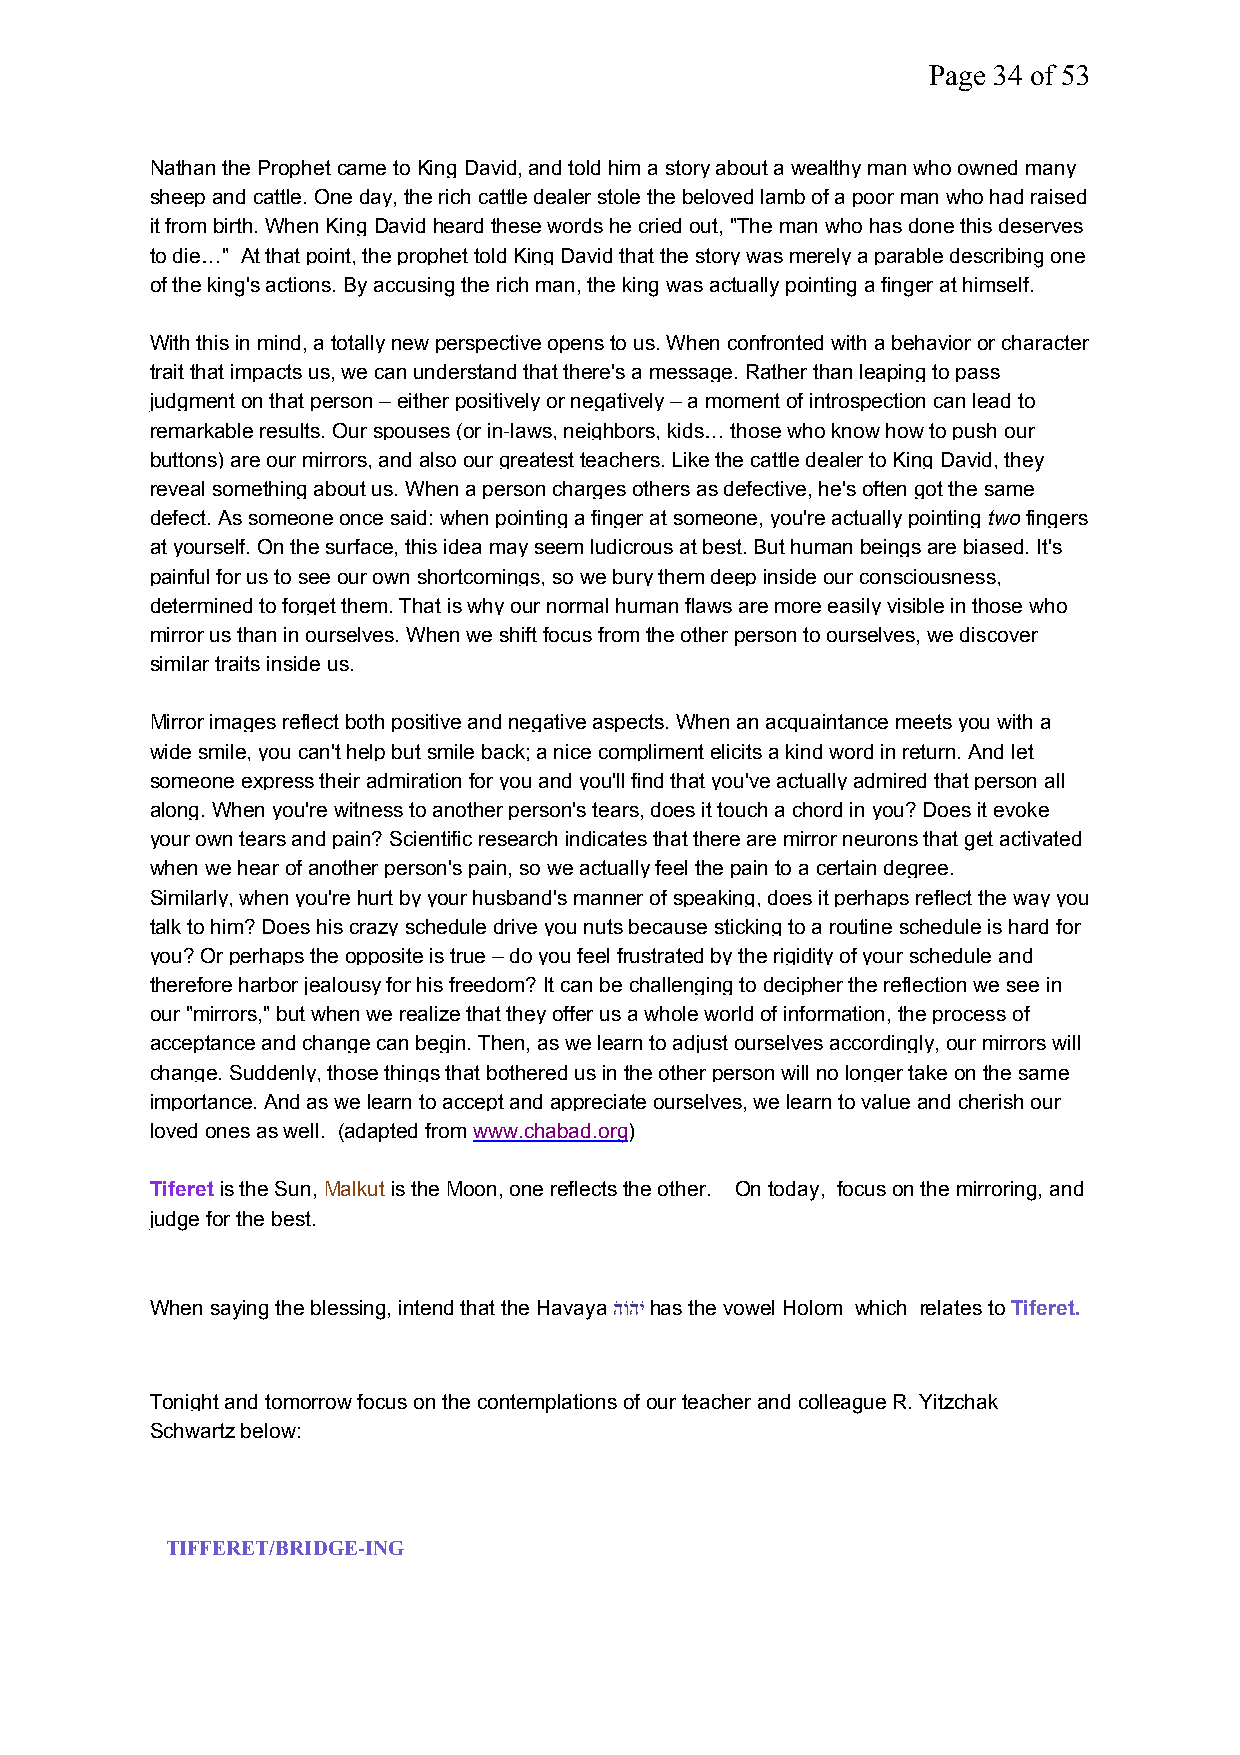
Page 34 of 53
 Nathan the Prophetcame toKing David, and told him a story about a wealthy man who owned many
 sheep and cattle. One day, the rich cattle dealer stole the beloved lamb of a poor man who had raised
 it from birth. When KingDavidheard these words he cried out, "The man who has done this deserves
 to die…" At that point, the prophet told King David that the story was merely a parable describing one
 of the king's actions. By accusing the rich man, the king was actually pointing a finger at himself.
 With this in mind, a totally new perspective opens to us. When confronted with a behavior or character
 trait that impacts us, we can understand that there's a message. Rather than leaping to pass
 judgment on that person – either positively or negatively – a moment of introspection can lead to
 remarkable results. Our spouses (or in-laws, neighbors, kids… those who know how to push our
 buttons) are our mirrors, and also our greatest teachers. Like the cattle dealer to King David, they
 reveal something about us. When a person charges others as defective, he's often got the same
 defect. As someone once said: when pointing a finger at someone, you're actually pointing twofingers
 at yourself. On the surface, this idea may seem ludicrous at best. But human beings are biased. It's
 painful for us to see our own shortcomings, so we bury them deep inside our consciousness,
 determined to forget them. That is why our normal human flaws are more easily visible in those who
 mirror us than in ourselves. When we shift focus from the other person to ourselves, we discover
 similar traits inside us.
 Mirror images reflect both positive and negative aspects. When an acquaintance meets you with a
 wide smile, you can't help but smile back; a nice compliment elicits a kind word in return. And let
 someone express their admiration for you and you'll find that you've actually admired that person all
 along. When you're witness to another person's tears, does it touch a chord in you? Does it evoke
 your own tears and pain? Scientific research indicates that there are mirror neurons that get activated
 when we hear of another person's pain, so we actually feel the pain to a certain degree.
 Similarly, when you're hurt by your husband's manner of speaking, does it perhaps reflect the way you
 talk to him? Does his crazy schedule drive you nuts because sticking to a routine schedule is hard for
 you? Or perhaps the opposite is true – do you feel frustrated by the rigidity of your schedule and
 therefore harbor jealousy for his freedom? It can be challenging to decipher the reflection we see in
 our "mirrors," but when we realize that they offer us a whole world of information, the process of
 acceptance and change can begin. Then, as we learn to adjust ourselves accordingly, our mirrors will
 change. Suddenly, those things that bothered us in the other person will no longer take on the same
 importance. And as we learn to accept and appreciate ourselves, we learn to value and cherish our
 loved ones as well. (adapted fromwww.chabad.org)
 Tiferetis the Sun,Malkutis the Moon, one reflects the other. On today, focus on the mirroring, and
 judge for the best.
 When saying the blessing, intend that the Havayaהֹוֹהֹיֹhas the vowel Holom which relates toTiferet.
 Tonight and tomorrow focus on the contemplations of our teacher and colleague R. Yitzchak
 Schwartz below:
 TIFFERET/BRIDGE-ING